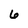
Character: 6